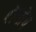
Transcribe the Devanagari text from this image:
शेलोय